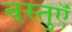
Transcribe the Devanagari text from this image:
वस्‍तुऍं